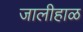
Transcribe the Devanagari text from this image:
जालीहाळ